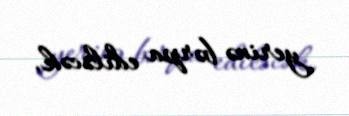
yerinə bərpa ediləcək.